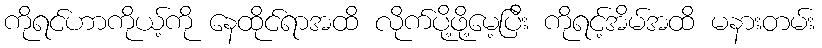
ကိုရင်ဟာကိုယ့်ကို နေထိုင်ရာအထိ လိုက်ပို့ဖို့မေ့ပြီး ကိုရင့်အိမ်အထိ မနားတမ်း